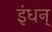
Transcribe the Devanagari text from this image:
इंधन्